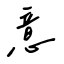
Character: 意